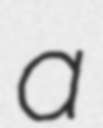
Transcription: a